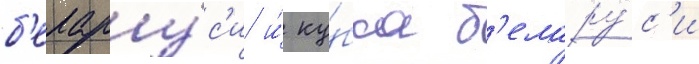
б'елару́с'и и́ ку́бка б'елару́с'и